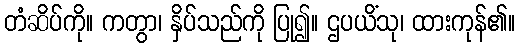
တံဆိပ်ကို။ ကတွာ၊ နှိပ်သည်ကို ပြု၍။ ဌပယိံသု၊ ထားကုန်၏။